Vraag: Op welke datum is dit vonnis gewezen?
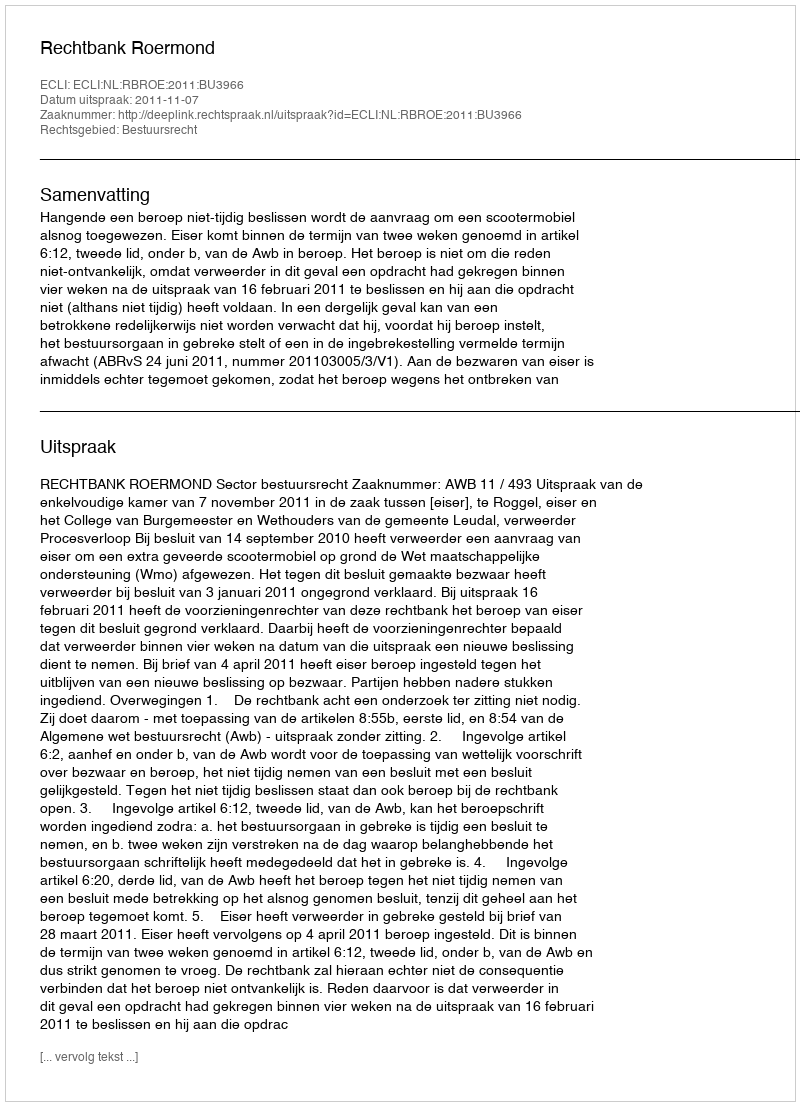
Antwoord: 2011-11-07